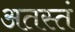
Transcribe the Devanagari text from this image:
अतस्तं